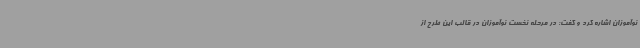
نوآموزان اشاره کرد و گفت: در مرحله نخست نوآموزان در قالب این طرح از